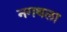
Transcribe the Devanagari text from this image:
नगथला